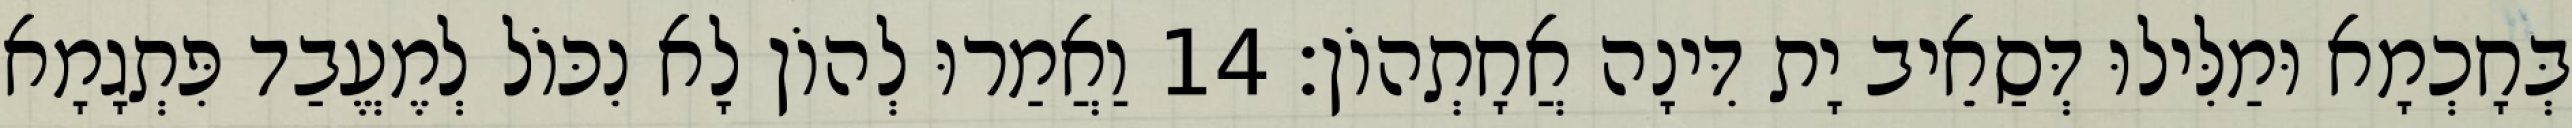
בְּחָכְמָא וּמַלִּילוּ דְּסַאֵיב יָת דִּינָה אֲחָתְהוֹן׃ 14 וַאֲמַרוּ לְהוֹן לָא נִכּוֹל לְמֶעֱבַד פִּתְגָמָא